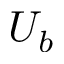
U _ { b }